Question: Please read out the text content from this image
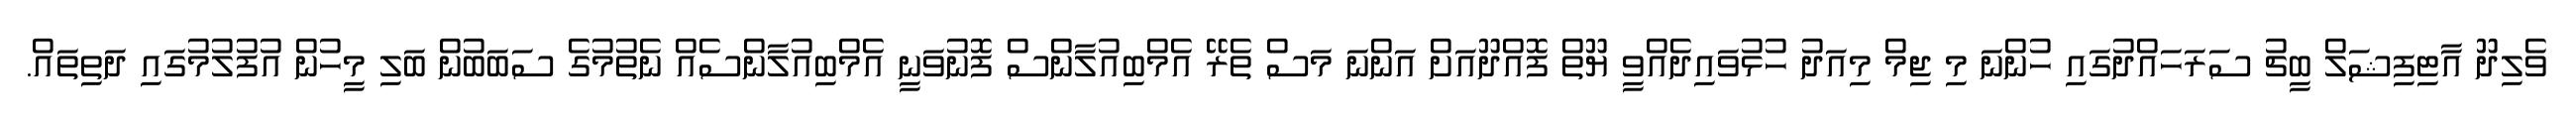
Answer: ވެލިދޫ އާޓިފިޝަލް ބީޗު ސަރަހައްދުގައި ހުންނަ މި ޖިމް މިއަދު ހުޅުވައިދެއްވީ ޔޫތް ފޮއްދޫއަށް އަންނަ މަސް ތެރޭ އެމްބިއުލާންސް ފޮނުވަނީ އެމްބިއުލާންސެއް ނެތުމުގެ ސަބަބުން ބަލި މީހުން އުފުލުމުގައި ދަތިތައް.